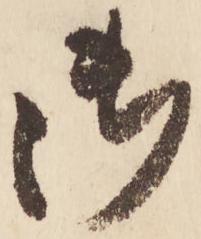
御